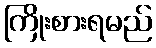
ကြိုးစားရမည်